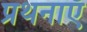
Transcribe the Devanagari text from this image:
प्रथनाएँ